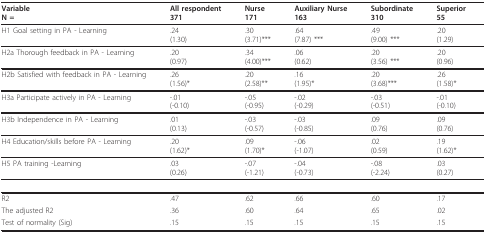
| VariableN = | All respondent371 | Nurse171 | Auxiliary Nurse163 | Subordinate310 | Superior55 |
 | --- | --- | --- | --- | --- | --- |
 | H1 Goal setting in PA - Learning | .24(1.30) | .30(3.71)*** | .64(7.87) *** | .49(9.00) *** | .20(1.29) |
 | H2a Thorough feedback in PA - Learning | .20(0.97) | .34(4.00)*** | .06(0.62) | .20(3.56) *** | .20(0.96) |
 | H2b Satisfied with feedback in PA - Learning | .26(1.56)* | .20(2.58)** | .16(1.95)* | .20(3.68)*** | .26(1.58)* |
 | H3a Participate actively in PA - Learning | -.01(-0.10) | -.05(-0.95) | -.02(-0.29) | -.03(-0.51) | -.01(-0.10) |
 | H3b Independence in PA - Learning | .01(0.13) | -.03(-0.57) | -.03(-0.85) | .09(0.76) | .09(0.76) |
 | H4 Education/skills before PA - Learning | .20(1.62)* | .09(1.70)* | -.06(-1.07) | .02(0.59) | .19(1.62)* |
 | H5 PA training -Learning | .03(0.26) | -.07(-1.21) | -.04(-0.73) | -.08(-2.24) | .03(0.27) |
 | R2 | .47 | .62 | .66 | .60 | .17 |
 | The adjusted R2 | .36 | .60 | .64 | .65 | .02 |
 | Test of normality (Sig) | .15 | .15 | .15 | .15 | .15 |